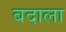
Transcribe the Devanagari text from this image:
बदाला